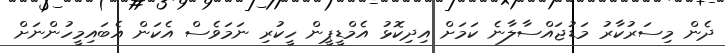
ދެން މިސަރުކާރު މަޑުޖައްސާލާނެ ކަމަށް އިދިކޮޅު އެމްޑީޕީން ހީކުރި ނަމަވެސް އެކަން އެބައިމީހުންނަށް